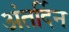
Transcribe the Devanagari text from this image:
अंतर्दिन